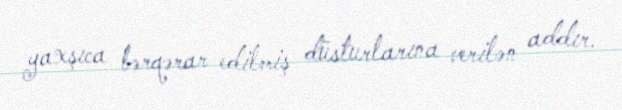
yaxşıca bərqərar edilmiş düsturlarına verilən addır.